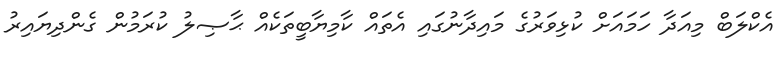
އެކްލަބް މިއަދާ ހަމައަށް ކުޅިވަރުގެ މައިދާނުގައި އެތައް ކާމިޔާބީތަކެއް ޙާޞިލު ކުރަމުން ގެންދިޔައިރު